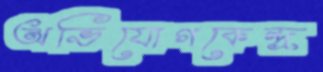
অভিযোগকেন্দ্র